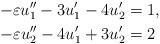
\begin{align*} -\varepsilon u_1''-3u_1'-4u_2' &=1 ,\\ -\varepsilon u_2''-4u_1'+3u_2'&=2\end{align*}